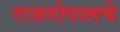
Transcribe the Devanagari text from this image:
राजगोपालचे